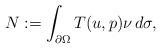
LaTeX: \begin{align*}N:=\int_{\partial\Omega}T(u,p)\nu\,d\sigma,\end{align*}